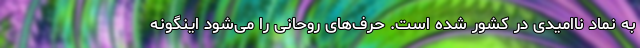
به نماد ناامیدی در کشور شده است. حرف‌های روحانی را می‌شود اینگونه